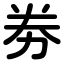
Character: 劵